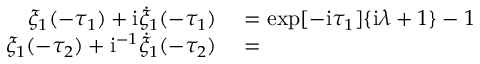
\begin{array} { r l } { \xi _ { 1 } ( - \tau _ { 1 } ) + \mathrm { i } \dot { \xi } _ { 1 } ( - \tau _ { 1 } ) } & { { } = \exp [ - \mathrm { i } \tau _ { 1 } ] \{ \mathrm { i } \lambda + 1 \} - 1 } \\ { \xi _ { 1 } ( - \tau _ { 2 } ) + \mathrm { i } ^ { - 1 } \dot { \xi } _ { 1 } ( - \tau _ { 2 } ) } & { { } = } \end{array}